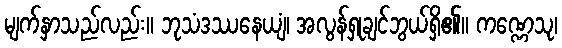
မျက်နှာသည်လည်း။ ဘုသံဒဿနေယျံ၊ အလွန်ရှုချင်ဘွယ်ရှိ၏။ ကဏ္ဏေသု၊